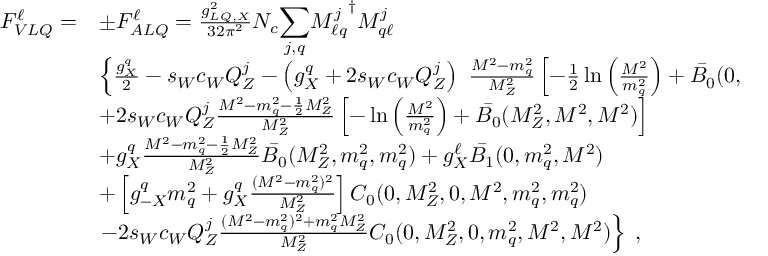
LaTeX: \begin{array} { l l } { { F _ { V L Q } ^ { \ell } = } } & { { \pm F _ { A L Q } ^ { \ell } = \frac { g _ { L Q , X } ^ { 2 } } { 3 2 \pi ^ { 2 } } N _ { c } { \displaystyle \sum _ { j , q } } { M _ { \ell q } ^ { j } } ^ { \dagger } M _ { q \ell } ^ { j } } } \\ { { } } & { { \left\{ \frac { g _ { X } ^ { q } } { 2 } - s _ { W } c _ { W } Q _ { Z } ^ { j } - \left( g _ { X } ^ { q } + 2 s _ { W } c _ { W } Q _ { Z } ^ { j } \right) ~ \frac { M ^ { 2 } - m _ { q } ^ { 2 } } { M _ { Z } ^ { 2 } } \left[ - \frac { 1 } { 2 } \ln \left( \frac { M ^ { 2 } } { m _ { q } ^ { 2 } } \right) + \bar { B _ { 0 } } ( 0 , m _ { q } ^ { 2 } , M ^ { 2 } ) \right] \right. } } \\ { { } } & { { + 2 s _ { W } c _ { W } Q _ { Z } ^ { j } \frac { M ^ { 2 } - m _ { q } ^ { 2 } - \frac { 1 } { 2 } M _ { Z } ^ { 2 } } { M _ { Z } ^ { 2 } } \left[ - \ln \left( \frac { M ^ { 2 } } { m _ { q } ^ { 2 } } \right) + \bar { B _ { 0 } } ( M _ { Z } ^ { 2 } , M ^ { 2 } , M ^ { 2 } ) \right] } } \\ { { } } & { { + g _ { X } ^ { q } \frac { M ^ { 2 } - m _ { q } ^ { 2 } - \frac { 1 } { 2 } M _ { Z } ^ { 2 } } { M _ { Z } ^ { 2 } } \bar { B _ { 0 } } ( M _ { Z } ^ { 2 } , m _ { q } ^ { 2 } , m _ { q } ^ { 2 } ) + g _ { X } ^ { \ell } \bar { B _ { 1 } } ( 0 , m _ { q } ^ { 2 } , M ^ { 2 } ) } } \\ { { } } & { { + \left[ g _ { - X } ^ { q } m _ { q } ^ { 2 } + g _ { X } ^ { q } \frac { ( M ^ { 2 } - m _ { q } ^ { 2 } ) ^ { 2 } } { M _ { Z } ^ { 2 } } \right] C _ { 0 } ( 0 , M _ { Z } ^ { 2 } , 0 , M ^ { 2 } , m _ { q } ^ { 2 } , m _ { q } ^ { 2 } ) } } \\ { { } } & { { \left. - 2 s _ { W } c _ { W } Q _ { Z } ^ { j } \frac { ( M ^ { 2 } - m _ { q } ^ { 2 } ) ^ { 2 } + m _ { q } ^ { 2 } M _ { Z } ^ { 2 } } { M _ { Z } ^ { 2 } } C _ { 0 } ( 0 , M _ { Z } ^ { 2 } , 0 , m _ { q } ^ { 2 } , M ^ { 2 } , M ^ { 2 } ) \right\} \; , } } \end{array}